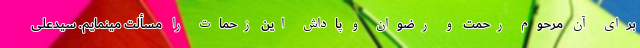
برای آن مرحوم رحمت و رضوان و پاداش این زحمات را مسألت مینمایم. سیدعلی